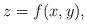
LaTeX: \begin{align*}z=f(x,y),\end{align*}